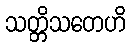
သတ္တိသတေဟိ